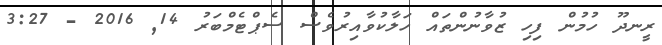
ރީނދޫ ހުމުން ފިހި ޒުވާނުންތައް ހަލާކުވާއިރުވެސް ސެޕްޓެމްބަރު 14